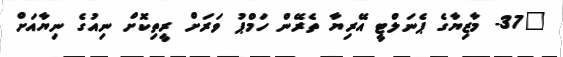
"37- މާޒިޔާގެ ޕެނަލްޓީ އޭރިޔާ ތެރޭން ހަމްޕު ވަރަށް ރީތިކޮށް ނިއުގެ ނިޔާއަށް